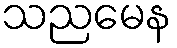
သညမေန